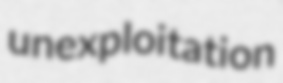
unexploitation